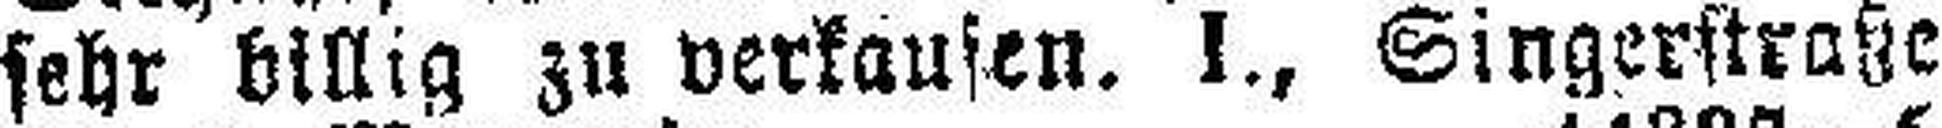
sehr billig zu verkaufen. I., Singerstraße